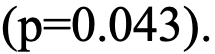
(p=0.043).